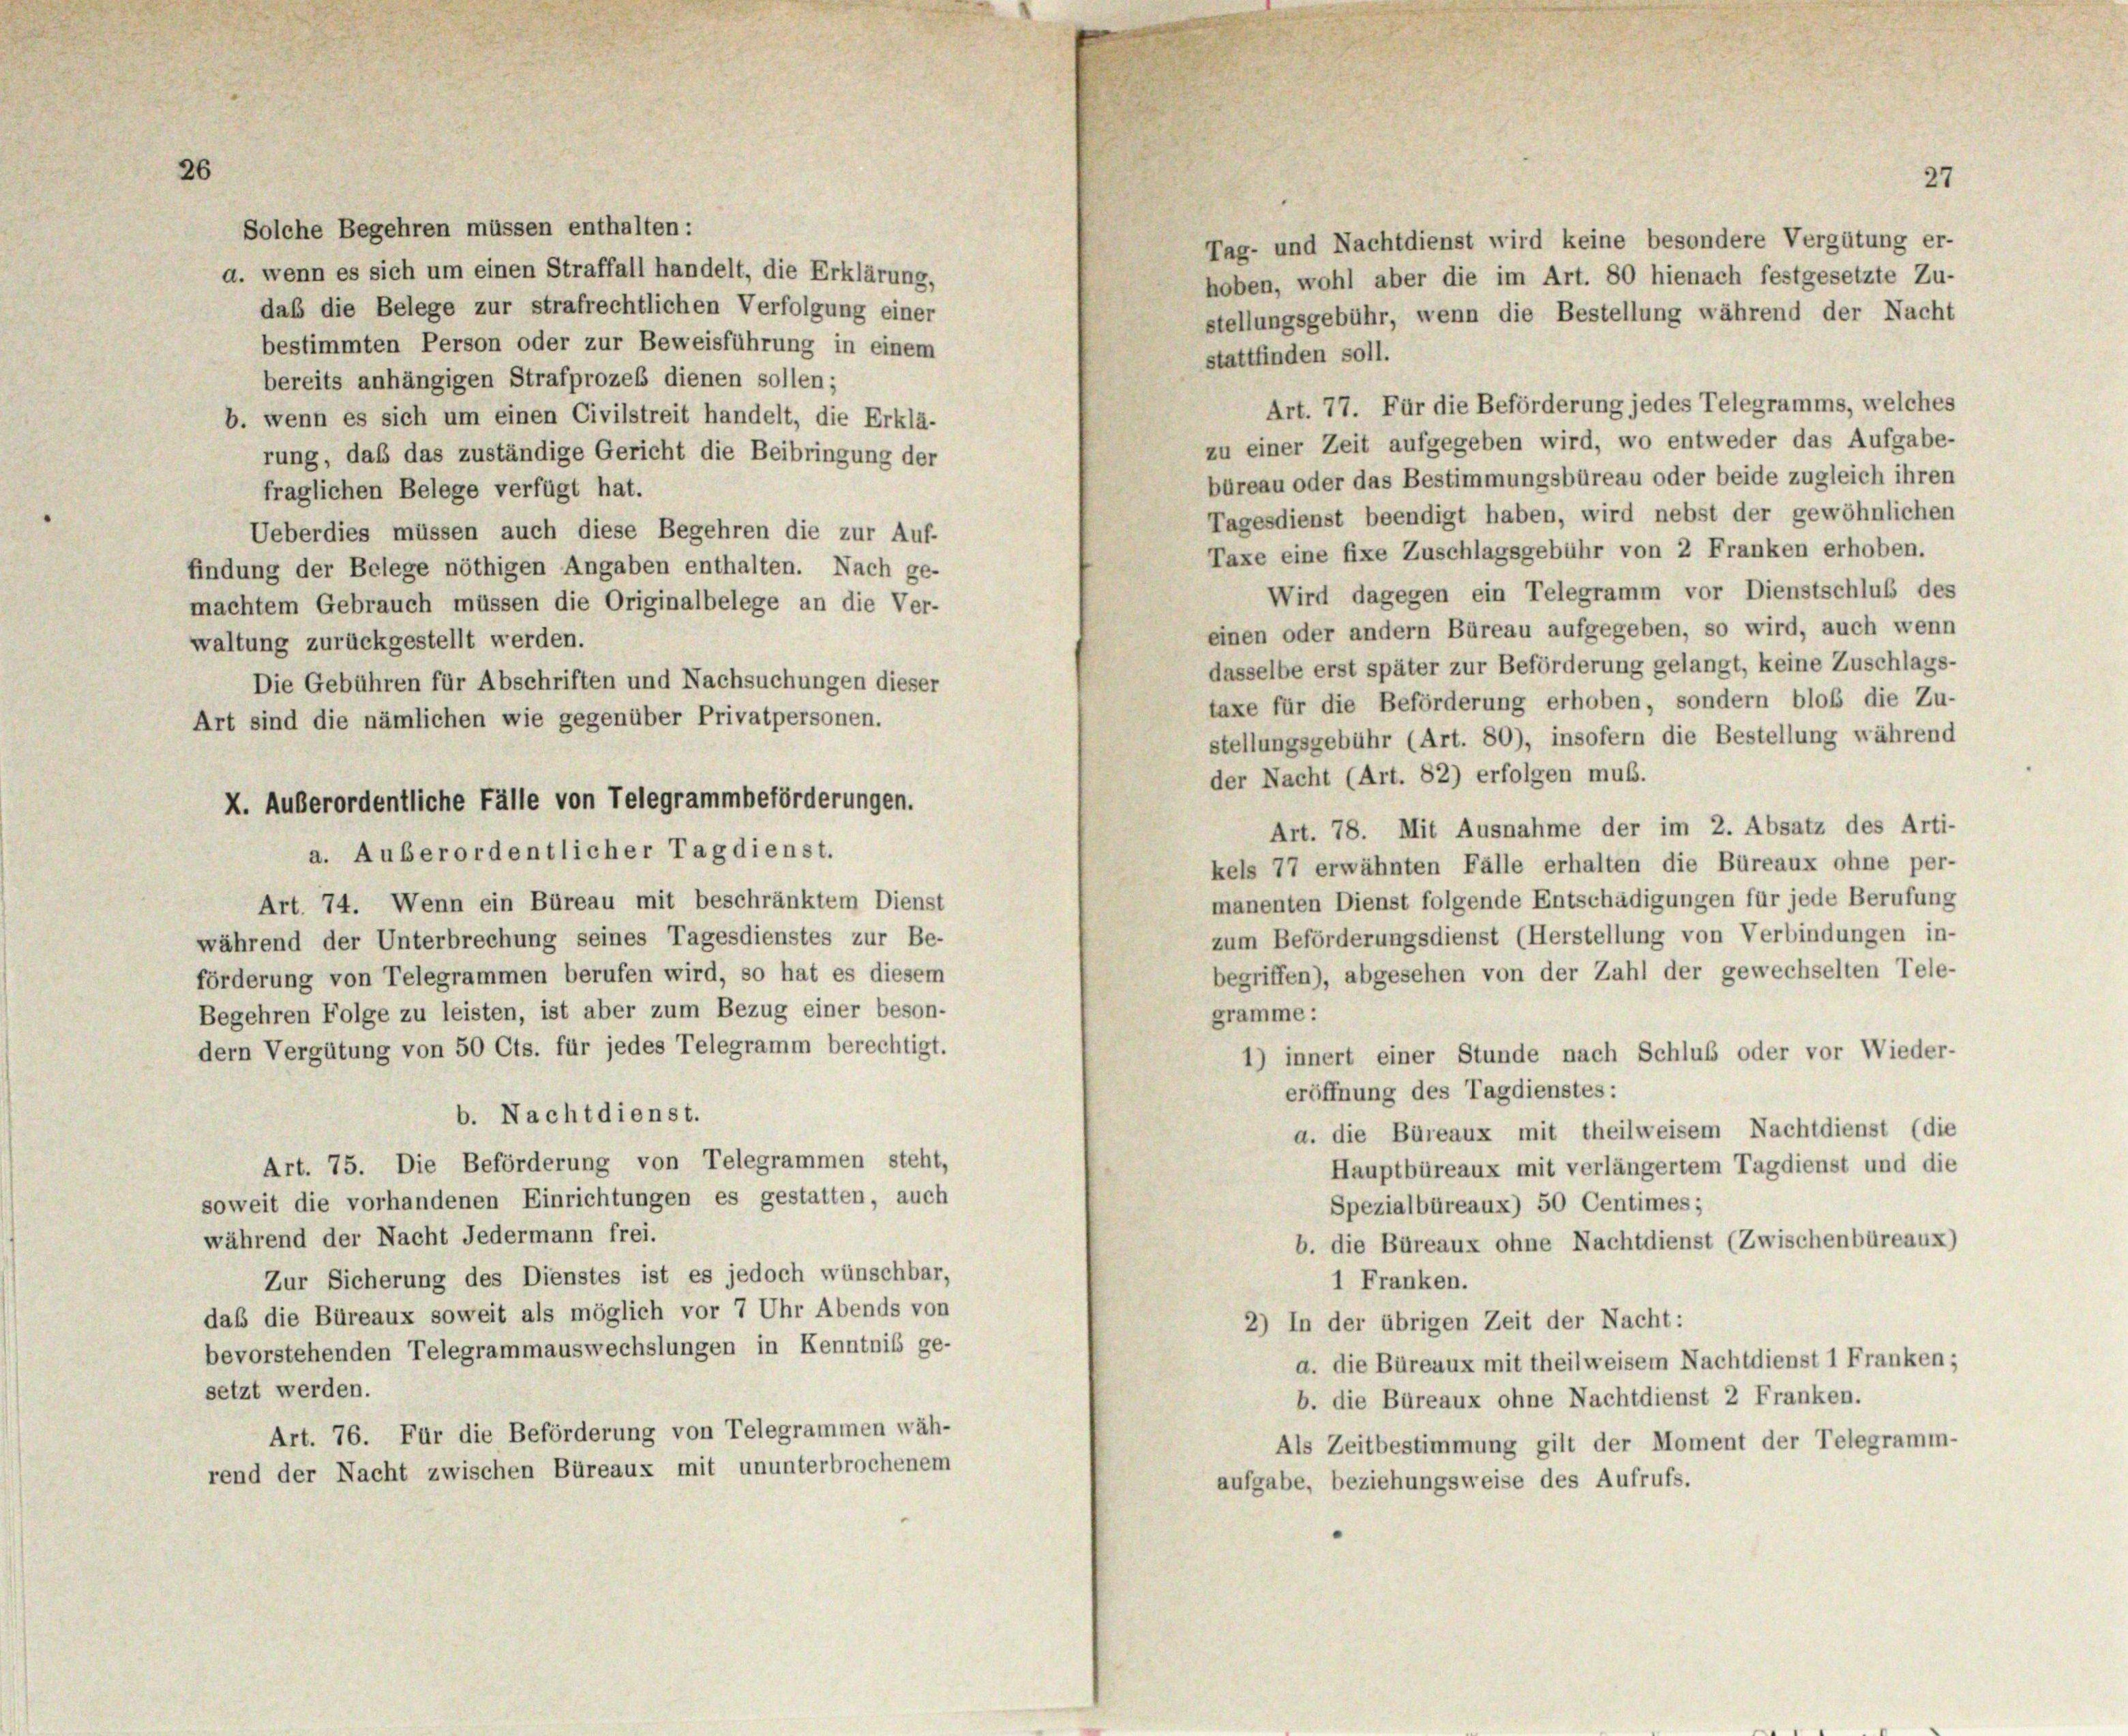
26

Solche Begehren müssen enthalten:
a. wenn es sich um einen Straffall handelt, die Erklärung,
daß die Belege zur strafrechtlichen Verfolgung einer
bestimmten Person oder zur Beweisführung in einem
stattfinden soll.
bereits anhängigen Strafprozes dienen sollen;
Art. 77. Für die Beförderung jedes Telegramms, welches
b. wenn es sich um einen Civilstreit handelt, die Erklä-
zu einer Zeit aufgegeben wird, wo entweder das Aufgabe-
rung, daß das zuständige Gericht die Beibringung der
büreau oder das Bestimmungsbüreau oder beide zugleich ihren
fraglichen Belege verfügt hat.
Tagesdienst beendigt haben, wird nebst der gewöhnlichen
Ueberdies müssen auch diese Begehren die zur Auf-
Taxe eine fixe Zuschlagsgebühr von 2 Franken erhoben.
findung der Belege nöthigen Angaben enthalten. Nach ge-
Wird dagegen ein Telegramm vor Dienstschluß des
machtem Gebrauch müssen die Originalbelege an die Ver-
einen oder andern Büreau aufgegeben, so wird, auch wenn
waltung zurückgestellt werden.
dasselbe erst später zur Beförderung gelangt, keine Zuschlags-
Die Gebühren für Abschriften und Nachsuchungen dieser
taxe für die Beförderung erhoben, sondern bloß die Zu-
Art sind die nämlichen wie gegenüber Privatpersonen.
stellungsgebühr (Art. 80), insofern die Bestellung während
der Nacht (Art. 82) erfolgen muß.
Art. 78. Mit Ausnahme der im 2. Absatz des Arti-
a. Außerordentlicher Tagdienst.
kels 77 erwähnten Fälle erhalten die Büreaux ohne per-
manenten Dienst folgende Entschädigungen für jede Berufung
Art. 74. Wenn ein Büreau mit beschränktem Dienst
zum Beförderungsdienst (Herstellung von Verbindungen in-
während der Unterbrechung seines Tagesdienstes zur Be-
begriffen), abgesehen von der Zahl der gewechselten Tele-
förderung von Telegrammen berufen wird, so hat es diesem
Begehren Folge zu leisten, ist aber zum Bezug einer beson-
gramme :
dern Vergütung von 50 Cts. für jedes Telegramm berechtigt.
1) innert einer Stunde nach Schluß oder vor Wieder-
eröffnung des Tagdienstes:
b. Nachtdienst.
a. die Büreaux mit theilweisem Nachtdienst (die
Art. 75. Die Beförderung von Telegrammen steht,
Hauptbüreaux mit verlängertem Tagdienst und die
soweit die vorhandenen Einrichtungen es gestatten, auch
Spezialbüreaux) 50 Centimes;
während der Nacht Jedermann frei.
b. die Büreaux ohne Nachtdienst (Zwischenbüreaux)
Zur Sicherung des Dienstes ist es jedoch wünschbar,
1 Franken.
daß die Büreaux soweit als möglich vor 7 Uhr Abends von
2) In der übrigen Zeit der Nacht:
bevorstehenden Telegrammauswechslungen in Kenntnis ge-
a. die Büreaux mit theilweisem Nachtdienst 1 Franken;
setzt werden.
b. die Büreaux ohne Nachtdienst 2 Franken.
Art. 76. Für die Beförderung von Telegrammen wäh-
Als Zeitbestimmung gilt der Moment der Telegramm-
rend der Nacht zwischen Büreaux mit ununterbrochenem
aufgabe, beziehungsweise des Aufrufs.

X. Außerordentliche Fälle von Telegrammbeförderungen.

27

Tag- und Nachtdienst wird keine besondere Vergütung er-
hoben, wohl aber die im Art. 80 hienach festgesetzte Zu-
stellungsgebühr, wenn die Bestellung während der Nacht